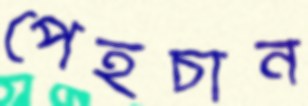
পেহচান